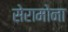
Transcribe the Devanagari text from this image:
सेरामोना